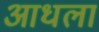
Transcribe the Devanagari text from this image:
आधला